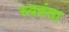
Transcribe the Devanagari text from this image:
स्वत्रंता